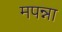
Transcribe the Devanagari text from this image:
मपन्ना